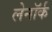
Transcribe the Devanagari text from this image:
लेनॉर्क